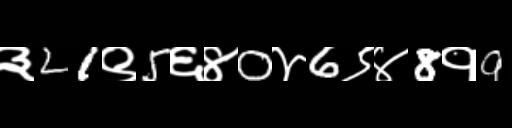
Text: ३21९5६४0४6९४8१9